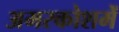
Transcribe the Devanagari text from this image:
अमरकोशमें